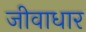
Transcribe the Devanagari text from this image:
जीवाधार